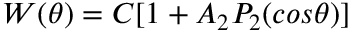
W ( \theta ) = C [ 1 + A _ { 2 } P _ { 2 } ( c o s \theta ) ]